Civil Veterinary Dept. Assam report 1927-50 - 1927-1950
Year: 1927
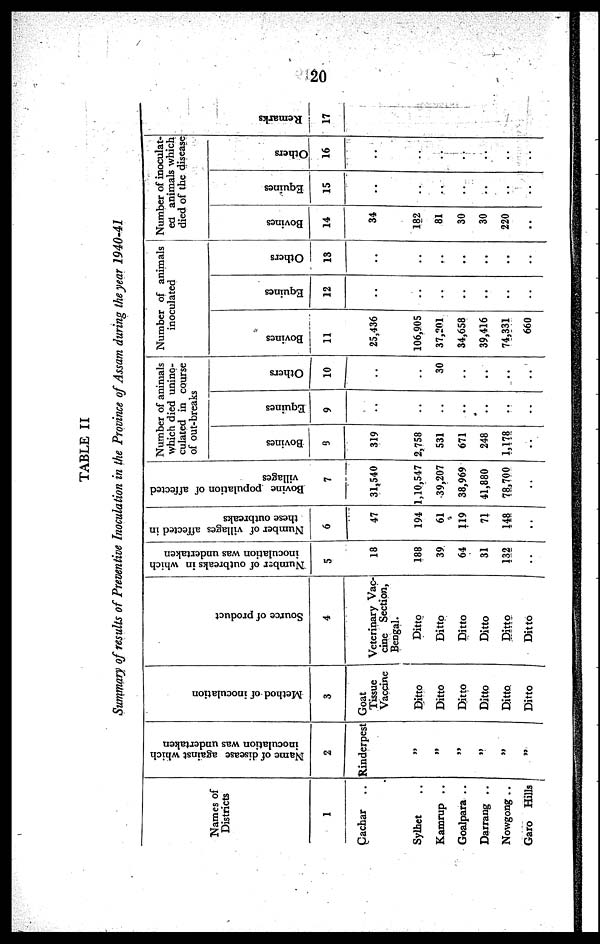
20
TABLE II
Summary of results of Preventive Inoculation in the Province of Assam during the year 1940-41
Names of
Districts
1
Cachar ..
Sylhet ..
Kamrup ..
Goalpara ..
Darrang ..
Nowgong ..
Garo Hills
Name of disease against which
inoculation was undertaken
2
Rinderpest
„
„
„
„
„
„
Method of inoculation
3
Goat
Tissue
Vaccine
Ditto
Ditto
Ditto
Ditto
Ditto
Ditto
Source of product
4
Veterinary Vac-
cine Section,
Bengal.
Ditto
Ditto
Ditto
Ditto
Ditto
Ditto
Number of outbreaks in which
inoculation was undertaken
5
18
188
39
64
31
132
..
Number of villages affected in
these outbreaks
6
47
194
61
119
71
148
..
Bovine population of affected
villages
7
31,540
1,10,547
39,207
38,969
41,880
78,700
..
Number of animals
which died unino-
culated in course
of out-breaks
Bovines
9
319
2,758
531
671
248
1,178
..
Equines
9
..
..
..
..
..
..
..
Others
10
..
..
30
..
..
..
..
Number of animals
inoculated
Bovines
11
25,436
106,905
37,201
34,658
39,416
74,331
660
Equines
12
..
..
..
..
..
..
..
Others
13
..
..
..
..
..
..
..
Number of inoculat-
ed animals which
died of the disease
Bovines
14
34
182
81
30
30
220
..
Equines
15
..
..
..
..
..
..
..
Others
16
..
..
..
..
..
..
..
Remarks
17